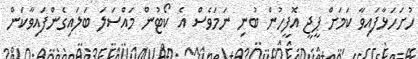
ހުށަހަޅާފައިވާ ކަމަށް ޕީޖީ އޮފީހުން ބުނި ނަމަވެސް އެ ކޯޓުން މައްސަލަ ބަލައިގެންފައިވާކަން